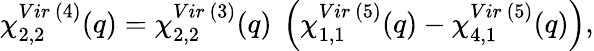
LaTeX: \chi_{2,2}^{Vir~(4)}(q)=\chi_{2,2}^{Vir~(3)}(q){}~\left(\chi_{1,1}^{Vir~(5)}(q)-\chi_{4,1}^{Vir~(5)}(q)\right),